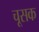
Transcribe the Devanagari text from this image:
चूसक